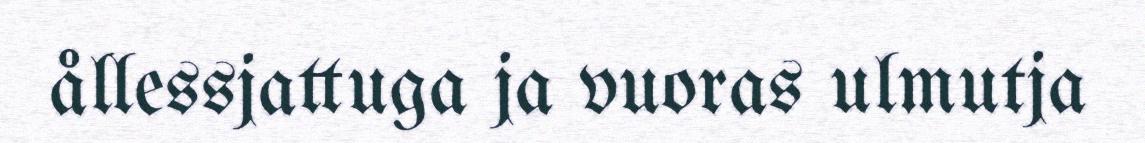
ållessjattuga ja vuoras ulmutja